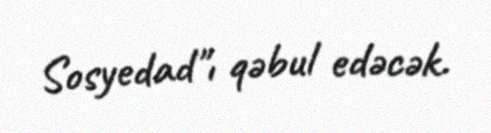
Sosyedad"ı qəbul edəcək.